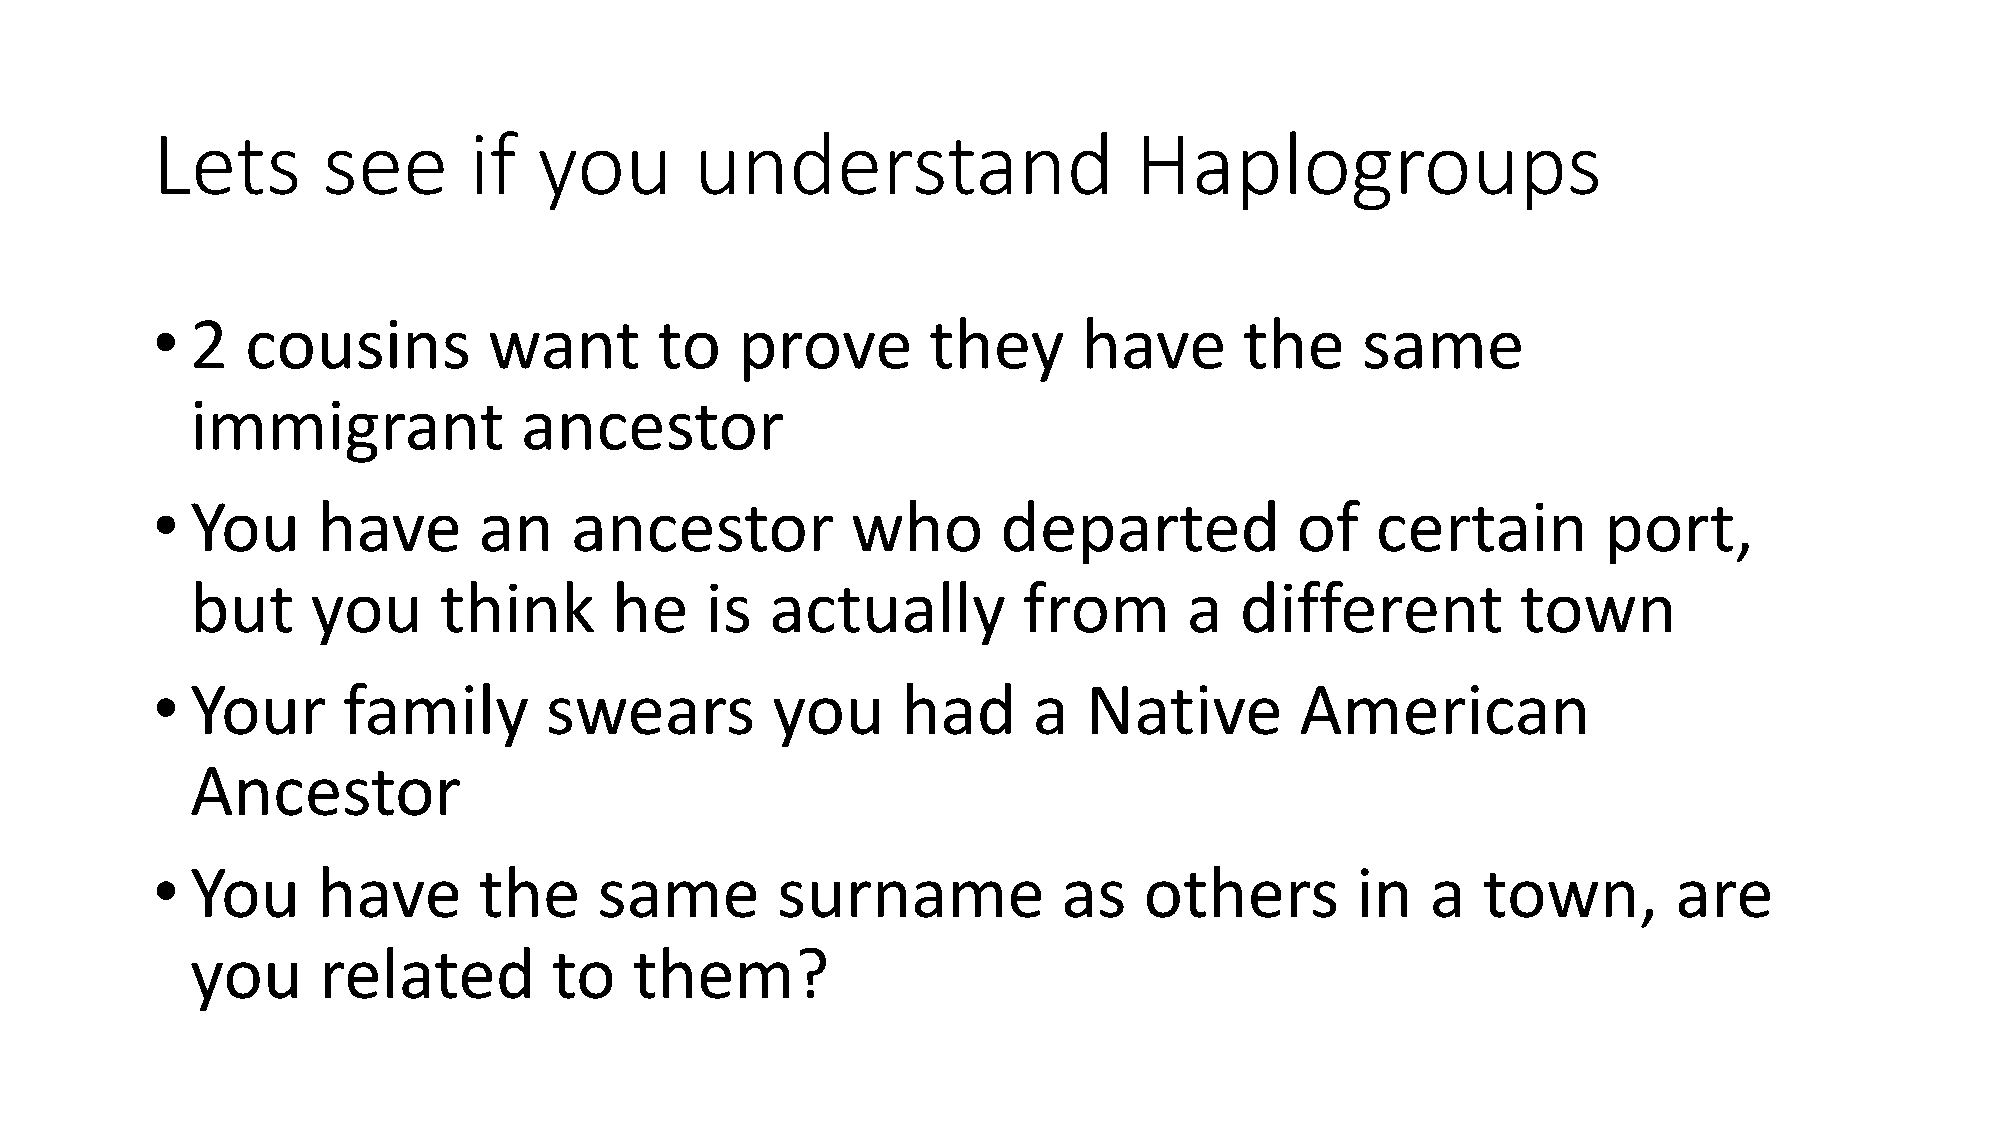
Lets       see       if   you       understand                   Haplogroups
 •  2  cousins         want       to    prove       they       have      the     same
 immigrant            ancestor
 •  You     have       an    ancestor          who       departed            of   certain        port,
 but     you     think      he     is  actually         from       a  different          town
 •  Your      family       swears         you      had     a   Native        American
 Ancestor
 •  You     have       the     same       surname            as    others        in   a  town,        are
 you     related         to   them?